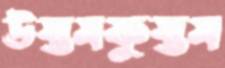
উস্তমফুস্তম